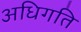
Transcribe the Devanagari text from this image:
अधिगति